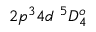
{ 2 p ^ { 3 } 4 d ~ ^ { 5 } D _ { 4 } ^ { o } }